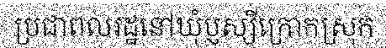
ប្រជាពលរដ្ឋនៅឃុំប្ញស្សីក្រោកស្រុក